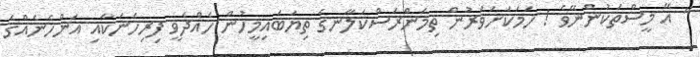
" އޭ މީސްތަކުންނޭވެ ! ހަމަކަށަވަރުން ތިމަންރަސްކަލާނގެ ތިޔަބައިމީހުން ހެއްދެވީ ފިރިހެނަކާއި އަންހެނެއްގެ